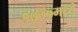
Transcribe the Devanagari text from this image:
१७७७मध्ये